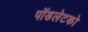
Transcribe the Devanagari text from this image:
पॉडलेटको